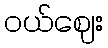
ဝယ်ဈေး